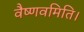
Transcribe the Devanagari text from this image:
वैष्णवमिति।